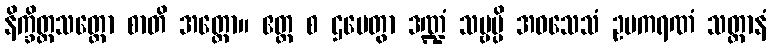
နိက္ခိတ္တသတ္ထော စာတိ အတ္ထော။ ဧတ္ထ စ ဌပေတွာ ဒဏ္ဍံ သဗ္ဗမ္ပိ အဝသေသံ ဥပကရဏံ သတ္တာနံ